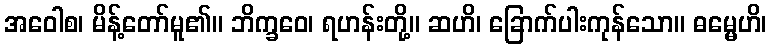
အဝေါစ၊ မိန့်တော်မူ၏။ ဘိက္ခဝေ၊ ရဟန်းတို့။ ဆဟိ၊ ခြောက်ပါးကုန်သော။ ဓမ္မေဟိ၊